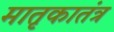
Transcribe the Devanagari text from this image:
मातृकातंत्र